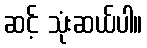
ဆင့် သုံးဆယ်ပါ။